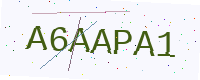
Text: A6AAPA1